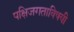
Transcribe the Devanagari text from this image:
पक्षिजगताविषयी